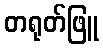
တရုတ်ဖြူ